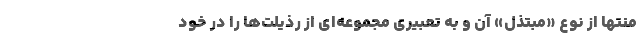
منتها از نوع «مبتذل» آن و به تعبیری مجموعه‌ای از رذیلت‌ها را در خود